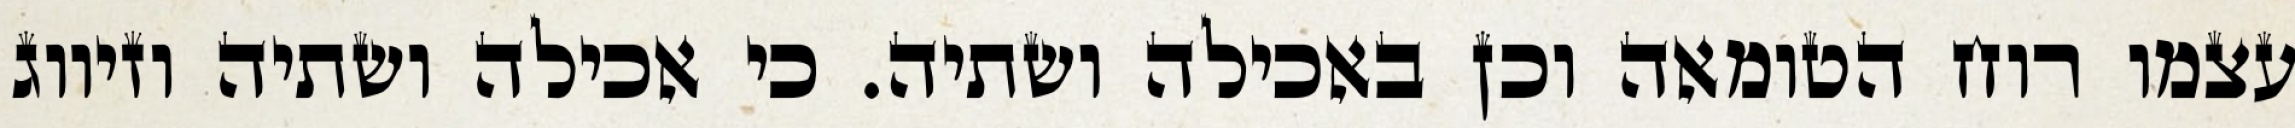
עצמו רוח הטומאה וכן באכילה ושתיה. כי אכילה ושתיה וזיווג